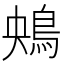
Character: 𩿶